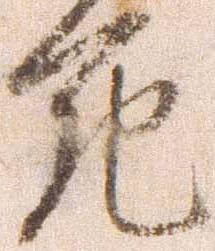
死